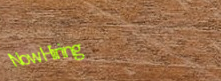
NowHiring